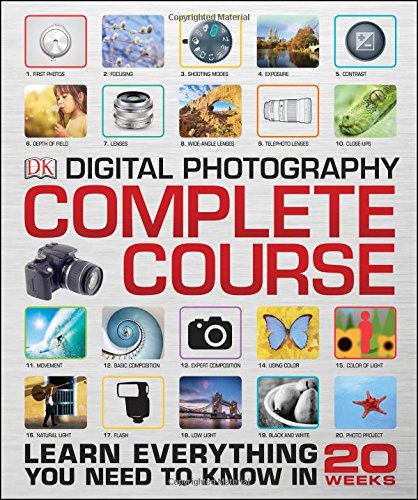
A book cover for Digital Photography Complete Course; DK Publishing; Arts & Photography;